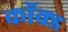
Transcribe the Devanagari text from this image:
कॉक्ड